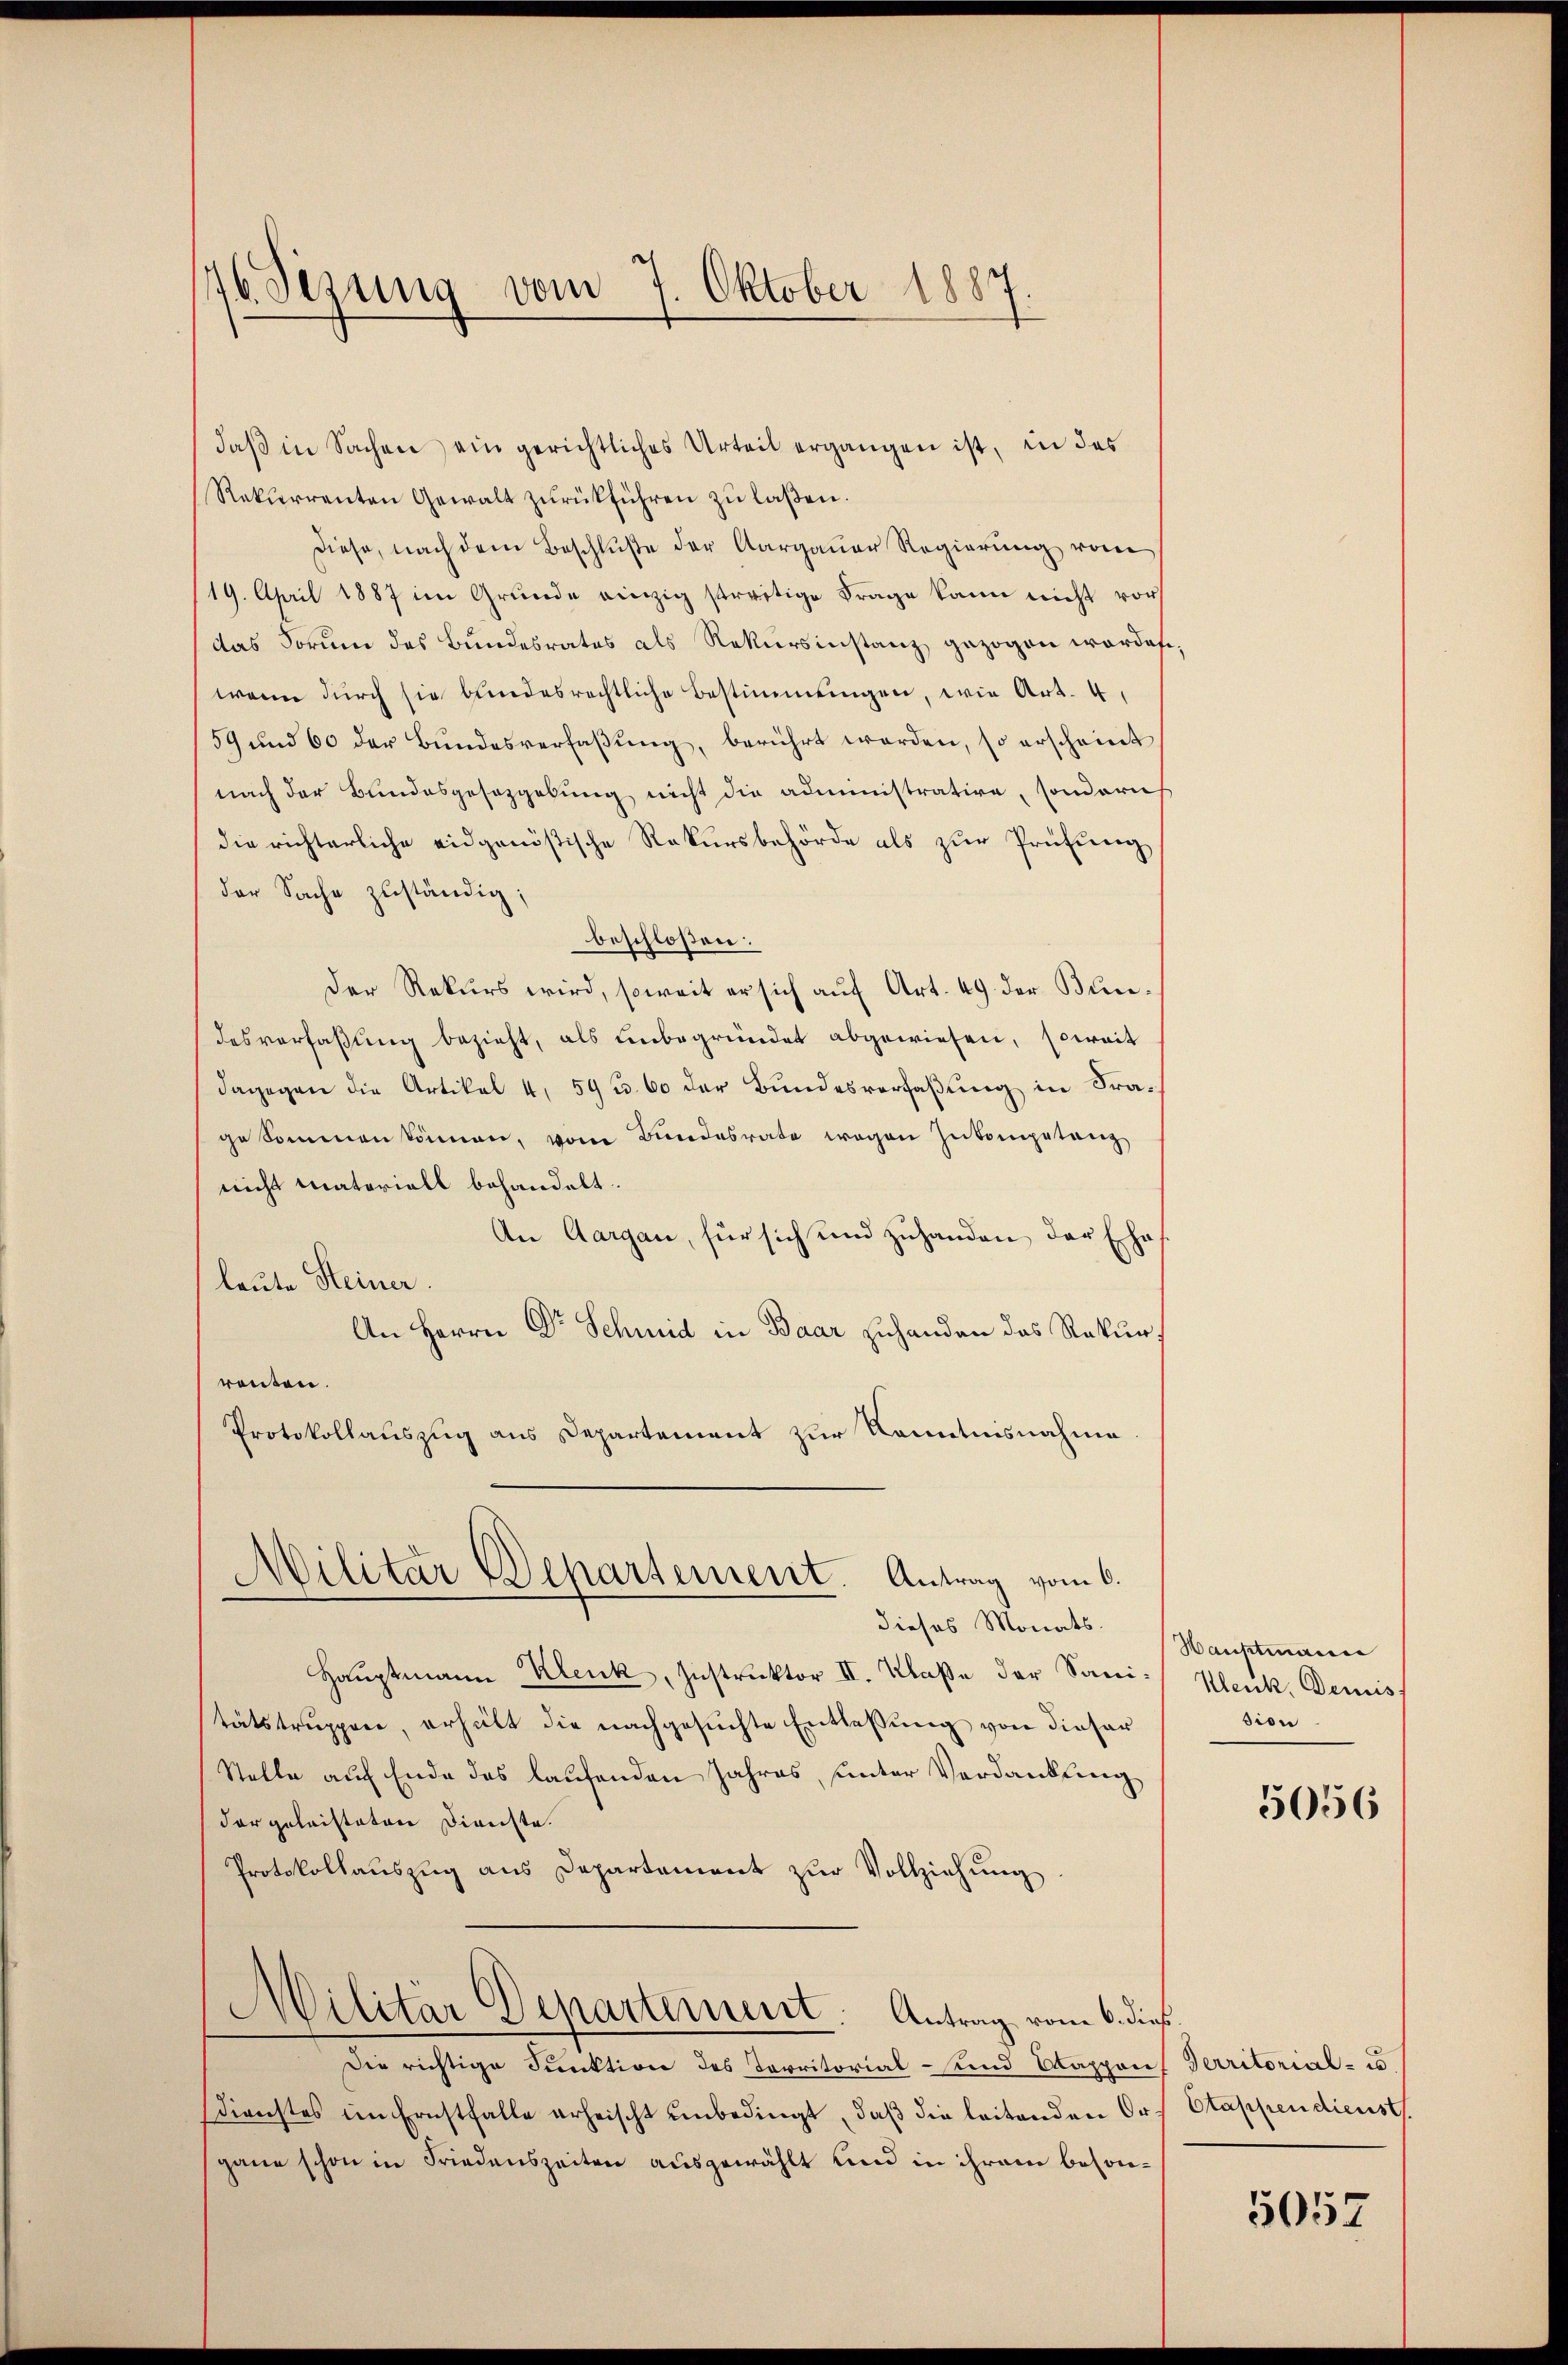
76 Sezung vom 7. Oktober 1887
¬

daß in Sachen ein gerichtliches Urteil ergangen ist, in das
Rekurrenten Gewalt zŭrückführen zŭ laßen.
diese, nach dem Beschluße der Aargauer Regierung von
19. April 1887 im Grunde einzig streitige Frage kann nicht vor
das Forum des Bundesrates als Rekursinstanz gezogen worden
wenn durch sie bundesrechtliche Bestimmungen, wie Art. 4,
59 und 60 der Bŭndesverfaβŭng, berührt worden, so erscheint
nach der Bundesgesetzgebung nicht die administrative, sonderis
die richterliche eidgenößische Rekursbehörde als zŭr Prüfŭng
der Sache zuständig;
beschloßen:
Der Rekurs wird, soweit er sich auf Art. 49 der Bundesverfaßung bezieht, als unbegründet abgewiesen, soweit
dagegen die Artikal 4, 59 f. 60 der Bundesverfaßung in Fragekommen können, vom Bundesrate wegen Inkompetanz
nicht matoriall behandelt.
An Aargau, für sich und zuhanden der Ehes
leute Steiner.
An Herrn Dr Schmid in Baar zuhanden das Rekurrönten.
Protokollauszug aus Departement zur Kenntnisnahme
Militar Departement. Antrag vom 6.
dieses Monats-
Hauptmann Klenk, Instruktor II. Klaße der Sanitätstruppen, erheilt die nachgesuchte Entlassung von dieser
Stelle auf Ende des laufenden Jahres, unter Verdankung
dar geleisteten Dienste.
Protokollauszug aus Departement zur Vollziehung
Militär Departement. Antrag vom 6. dieß.
Die richtige Punktion des Territorial- und Kappones Territorial- u
dienstes im Ernstfalle erheischt unbedingt, daß die leitenden Ort Etappen dienst.
gane schon in Friedenszeiten ausgewählt und in ihrem beson¬

Hauptmann
Klenk, Demis
sion.

5056

5057